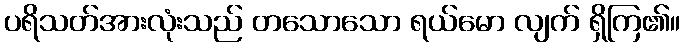
ပရိသတ်အားလုံးသည် တသောသော ရယ်မော လျက် ရှိကြ၏။